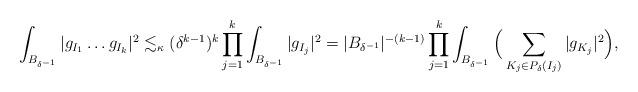
LaTeX: \begin{align*}\int_{B_{\delta^{-1}}} |g_{I_1} \dots g_{I_k}|^2 \lesssim_{\kappa} (\delta^{k-1})^k \prod_{j=1}^k \int_{B_{\delta^{-1}}} |g_{I_j}|^2 = |B_{\delta^{-1}}|^{-(k-1)} \prod_{j=1}^k \int_{B_{\delta^{-1}}} \Big(\sum_{K_j \in P_{\delta}(I_j)} |g_{K_j}|^2\Big),\end{align*}